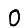
Digit: 0